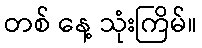
တစ် နေ့ သုံးကြိမ်။